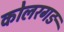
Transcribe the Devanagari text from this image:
कोलरगङ